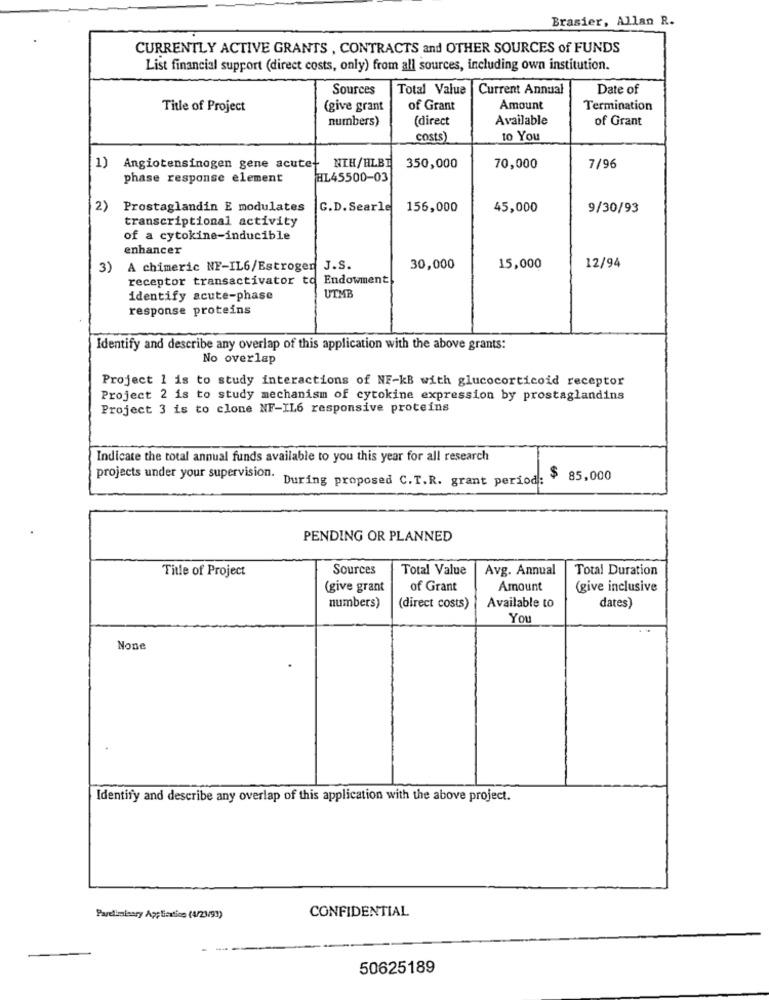
Brasier, Allan R.
CURRENTLY ACTIVE GRANTS , CONTRACTS and OTHER SOURCES of FUNDS
List financial support (direct costs, only) from all sources, including own institution.
Sources
Total Value |Current Annual
Date of
Title of Project
(give grant
of Grant
Amount
Termination
numbers)
(direct
Available
of Grant
costs)
to You
1) Angiotensinogen gene acute- NIH/HLBI
350,000
70,000
7/96
phase response element
HL45500-03
2)
Prostaglandin E modulates
G.D. Searle
156,000
45,000
9/30/93
transcriptional activity
of a cytokine-inducible
enhancer
12/94
3)
A chimeric NF-IL6/Estrogen J.S.
30,000
15,000
receptor transactivator to Endowment
identify acute-phase
UTMB
response proteins
Identify and describe any overlap of this application with the above grants:
No overlap
Project 1 is to study interactions of NF-KB with glucocorticoid receptor
Project 2 is to study mechanism of cytokine expression by prostaglandins
Project 3 is to clone NF-IL6 responsive proteins
Indicate the total annual funds available to you this year for all research
projects under your supervision.
During proposed C.T.R. grant period:
. $ 85,000
PENDING OR PLANNED
Title of Project
Sources
Total Value
Avg. Annual
Total Duration
(give grant
of Grant
Amount
(give inclusive
numbers)
Available to
dates)
(direct costs)
You
Identify and describe any overlap of this application with the above project.
CONFIDENTIAL
Pardemissry Applicatice (4/23/91)
50625189